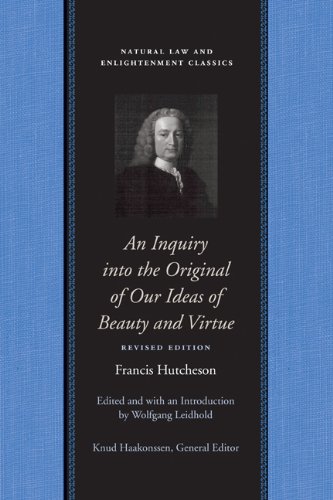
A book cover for An Inquiry into the Original of Our Ideas of Beauty and Virtue (Natural Law Paper); Francis Hutcheson; Law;